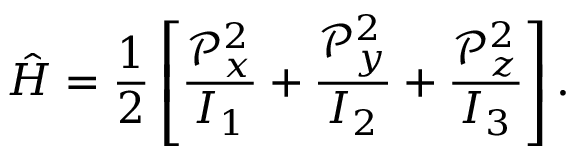
{ \hat { H } } = { \frac { 1 } { 2 } } \left[ { \frac { { \mathcal { P } } _ { x } ^ { 2 } } { I _ { 1 } } } + { \frac { { \mathcal { P } } _ { y } ^ { 2 } } { I _ { 2 } } } + { \frac { { \mathcal { P } } _ { z } ^ { 2 } } { I _ { 3 } } } \right] .